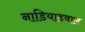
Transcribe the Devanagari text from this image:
नाडियाडवाल